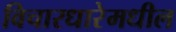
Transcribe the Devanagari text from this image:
विचारधारेमधील